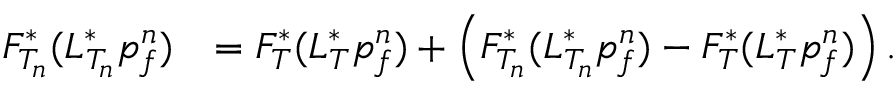
\begin{array} { r l } { F _ { T _ { n } } ^ { \ast } ( L _ { T _ { n } } ^ { \ast } p _ { f } ^ { n } ) } & { = F _ { T } ^ { \ast } ( L _ { T } ^ { \ast } p _ { f } ^ { n } ) + \left( F _ { T _ { n } } ^ { \ast } ( L _ { T _ { n } } ^ { \ast } p _ { f } ^ { n } ) - F _ { T } ^ { \ast } ( L _ { T } ^ { \ast } p _ { f } ^ { n } ) \right) . } \end{array}